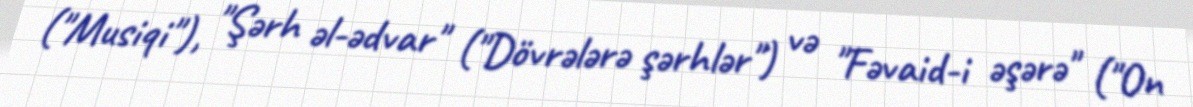
("Musiqi"), "Şərh əl-ədvar" ("Dövrələrə şərhlər") və "Fəvaid-i əşərə" ("On